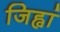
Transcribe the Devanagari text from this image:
जिह्वां